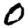
Digit: 0